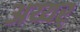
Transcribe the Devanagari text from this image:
अय्यर्